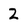
Character: 2